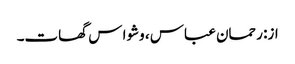
از: رحمان عباس ، وشوا س گھات۔